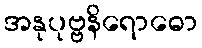
အနုပုဗ္ဗနိရောဓော